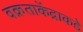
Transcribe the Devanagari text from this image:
वक्रताकेंद्राकडे